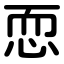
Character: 恧